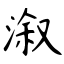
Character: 溆